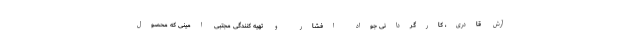
آرش قادری، کارگردانی جواد افشار و تهیه کنندگی مجتبی امینی که محصول